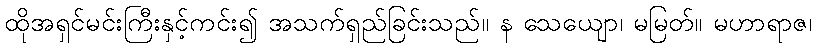
ထိုအရှင်မင်းကြီးနှင့်ကင်း၍ အသက်ရှည်ခြင်းသည်။ န သေယျော၊ မမြတ်။ မဟာရာဇ၊